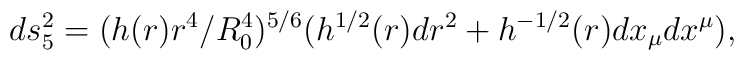
ds_5^2 = (h(r)r^4/R_0^4)^{5/6}(h^{1/2}(r)dr^2+h^{-1/2}(r)dx_{\mu}dx^{\mu}),